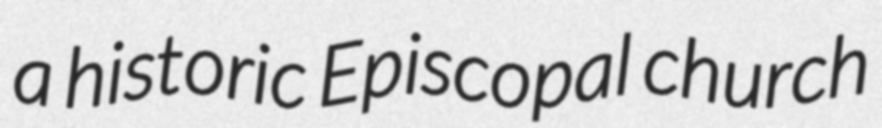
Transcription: a historic Episcopal church